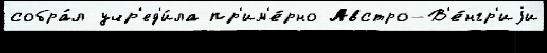
собра́л учр'ед'и́ла пр'им'е́рно Австро-В'е́нгр'иjи